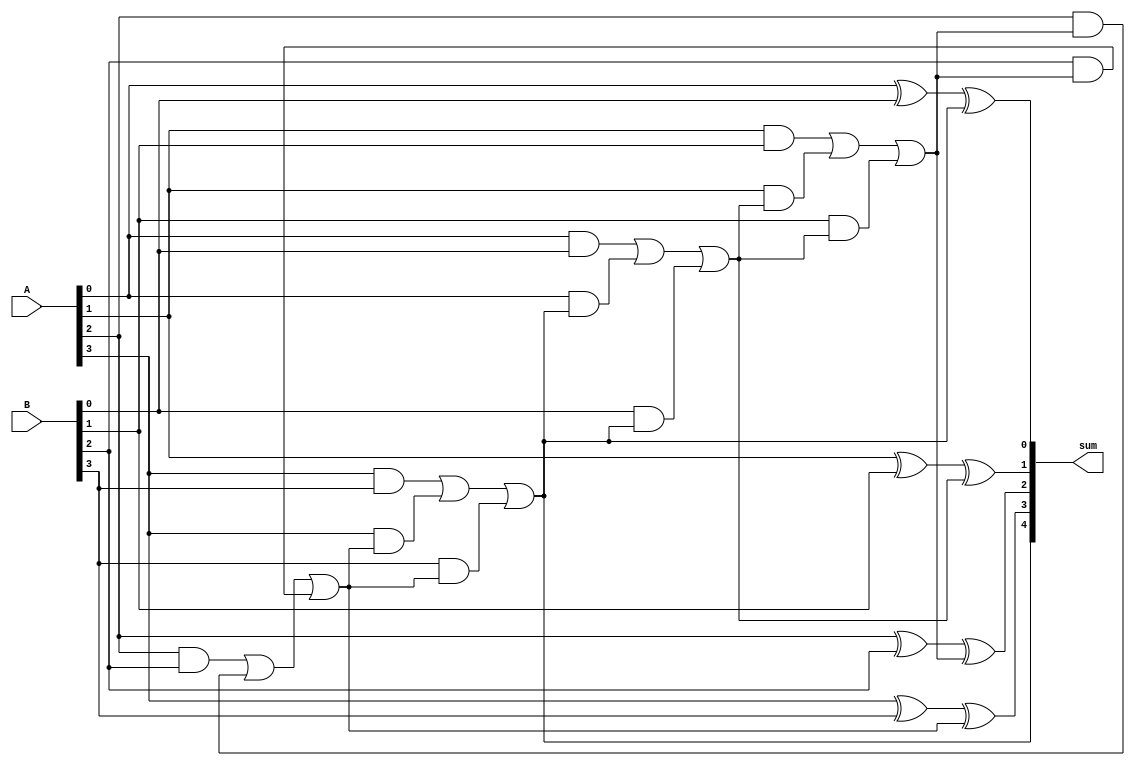
module ripple_carry_adder (
    input wire [3:0] A,
    input wire [3:0] B,
    output reg [4:0] sum
);

reg carry = 0;

always @* begin
    sum[0] = A[0] ^ B[0] ^ carry;
    carry = (A[0] & B[0]) | (A[0] & carry) | (B[0] & carry);

    sum[1] = A[1] ^ B[1] ^ carry;
    carry = (A[1] & B[1]) | (A[1] & carry) | (B[1] & carry);

    sum[2] = A[2] ^ B[2] ^ carry;
    carry = (A[2] & B[2]) | (A[2] & carry) | (B[2] & carry);

    sum[3] = A[3] ^ B[3] ^ carry;
    carry = (A[3] & B[3]) | (A[3] & carry) | (B[3] & carry);

    sum[4] = carry;
end

endmodule